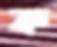
ক